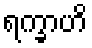
ရက္ခာဟိ